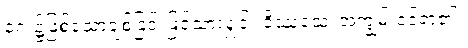
ရှေး၌ဖြစ်သောချစ်ခြင်းဖြင့်သာလျှင်။ ဝိဿသေ၊ အကျွမ်းဝင်ရာ၏။